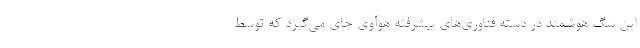
این سگ هوشمند در دسته فناوری‌های پیشرفته هوآوی جای می‌گیرد که توسط